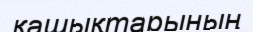
қашықтарының